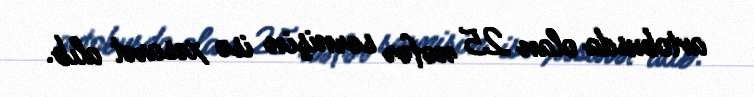
avtobusda olan 25 nəfər sərnişin isə xəsarət alıb.